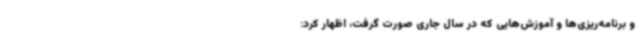
و برنامه‌ریزی‌ها و آموزش‌هایی که در سال جاری صورت گرفت، اظهار کرد: